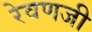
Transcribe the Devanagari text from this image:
रेवणजी